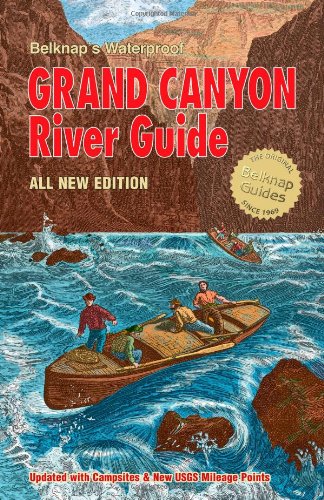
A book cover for Belknap's Waterproof Grand Canyon River Guide All New Edition; Buzz Belknap/Loie Belknap Evans; Travel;